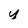
Character: y